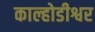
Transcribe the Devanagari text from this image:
काल्होडीश्वर